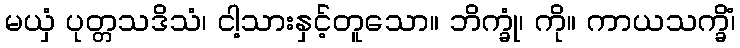
မယှံ ပုတ္တသဒိသံ၊ ငါ့သားနှင့်တူသော။ ဘိက္ခုံ၊ ကို။ ကာယသက္ခိံ၊